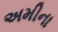
અમીના